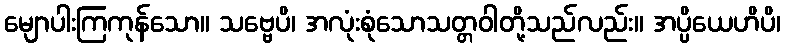
မျောပါးကြကုန်သော။ သဗ္ဗေပိ၊ အလုံးစုံသောသတ္တဝါတို့သည်လည်း။ အပ္ပိယေဟိပိ၊